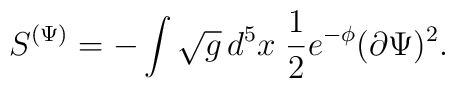
S^{(\Psi)} = -\int \sqrt{g} \, d^5 x        \;\frac{1}{2} e^{-\phi} (\partial \Psi)^{2} .